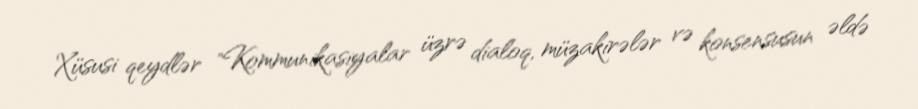
Xüsusi qeydlər "Kommunikasiyalar üzrə dialoq, müzakirələr və konsensusun əldə